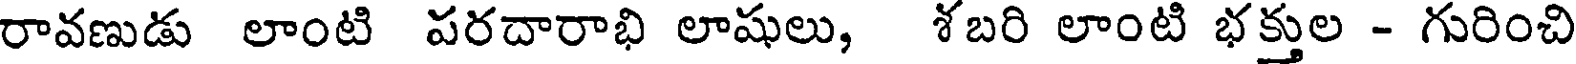
రావణుడు లాంటి పరదారాభి లాషులు, శబరి లాంటి భక్తుల - గురించి